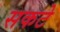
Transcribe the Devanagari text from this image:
सकटे